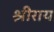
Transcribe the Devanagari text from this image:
श्रीराय